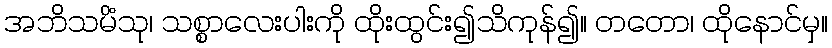
အဘိသမိံသု၊ သစ္စာလေးပါးကို ထိုးထွင်း၍သိကုန်၍။ တတော၊ ထိုနောင်မှ။